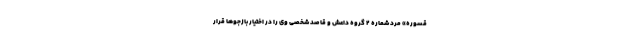
قسوره» مرد شماره ۲ گروه داعش و قاصد شخصی وی را در اختیار بازجوها قرار